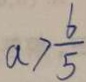
a > \frac { 6 } { 5 }